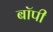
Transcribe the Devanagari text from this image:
बॉपी